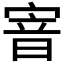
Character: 𡩘